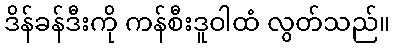
ဒိန်ခန်ဒီးကို ကန်စီးဒူဝါထံ လွတ်သည်။